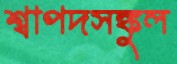
শ্বাপদসঙ্কুল